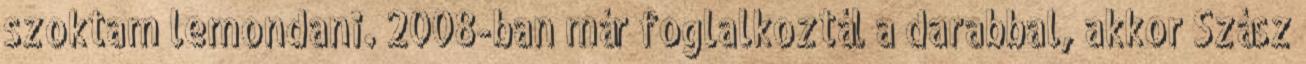
szoktam lemondani. 2008-ban már foglalkoztál a darabbal, akkor Szász